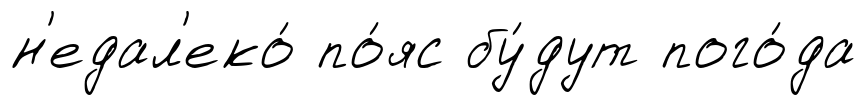
н'едал'еко́ по́яс бу́дут пого́да